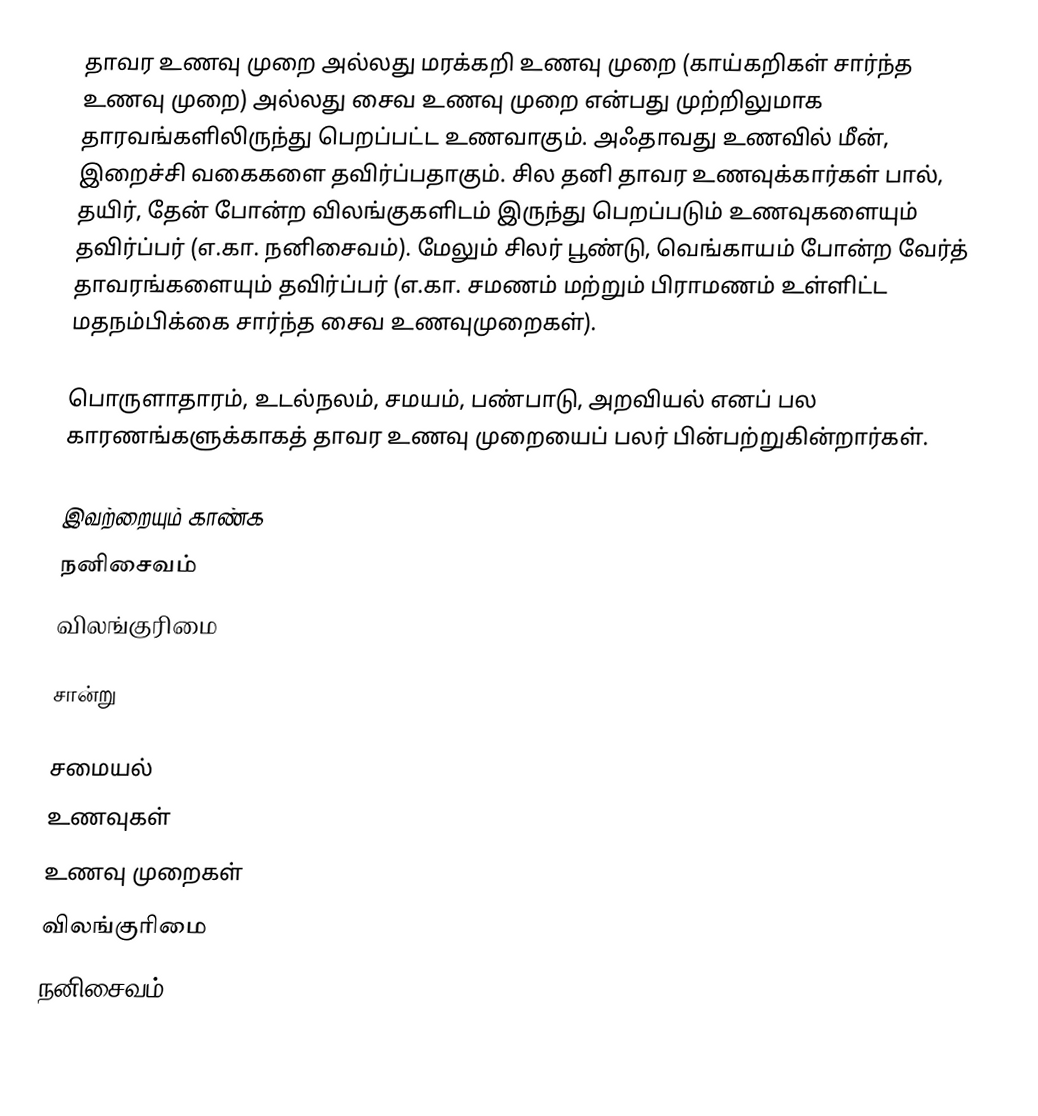
தாவர உணவு முறை அல்லது மரக்கறி உணவு முறை (காய்கறிகள் சார்ந்த உணவு முறை) அல்லது சைவ உணவு முறை என்பது முற்றிலுமாக தாரவங்களிலிருந்து பெறப்பட்ட உணவாகும். அஃதாவது உணவில் மீன், இறைச்சி வகைகளை தவிர்ப்பதாகும். சில தனி தாவர உணவுக்கார்கள் பால், தயிர், தேன் போன்ற விலங்குகளிடம் இருந்து பெறப்படும் உணவுகளையும் தவிர்ப்பர் (எ.கா. நனிசைவம்). மேலும் சிலர் பூண்டு, வெங்காயம் போன்ற வேர்த் தாவரங்களையும் தவிர்ப்பர் (எ.கா. சமணம் மற்றும் பிராமணம் உள்ளிட்ட மதநம்பிக்கை சார்ந்த சைவ உணவுமுறைகள்).

பொருளாதாரம், உடல்நலம், சமயம், பண்பாடு, அறவியல் எனப் பல காரணங்களுக்காகத் தாவர உணவு முறையைப் பலர் பின்பற்றுகின்றார்கள்.

இவற்றையும் காண்க
 நனிசைவம்
 விலங்குரிமை

சான்று

சமையல்
உணவுகள்
உணவு முறைகள்
விலங்குரிமை
நனிசைவம்